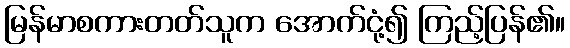
မြန်မာစကားတတ်သူက အောက်ငုံ့၍ ကြည့်ပြန်၏။